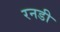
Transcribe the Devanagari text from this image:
रनडी